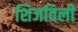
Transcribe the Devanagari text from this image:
शिजविली